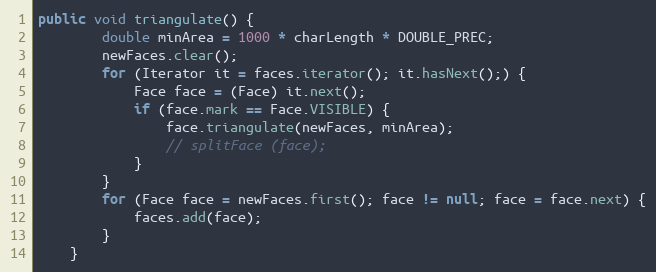
Language: Java
public void triangulate() {
        double minArea = 1000 * charLength * DOUBLE_PREC;
        newFaces.clear();
        for (Iterator it = faces.iterator(); it.hasNext();) {
            Face face = (Face) it.next();
            if (face.mark == Face.VISIBLE) {
                face.triangulate(newFaces, minArea);
                // splitFace (face);
            }
        }
        for (Face face = newFaces.first(); face != null; face = face.next) {
            faces.add(face);
        }
    }